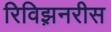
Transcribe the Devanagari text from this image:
रिविझ़नरीस